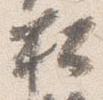
松